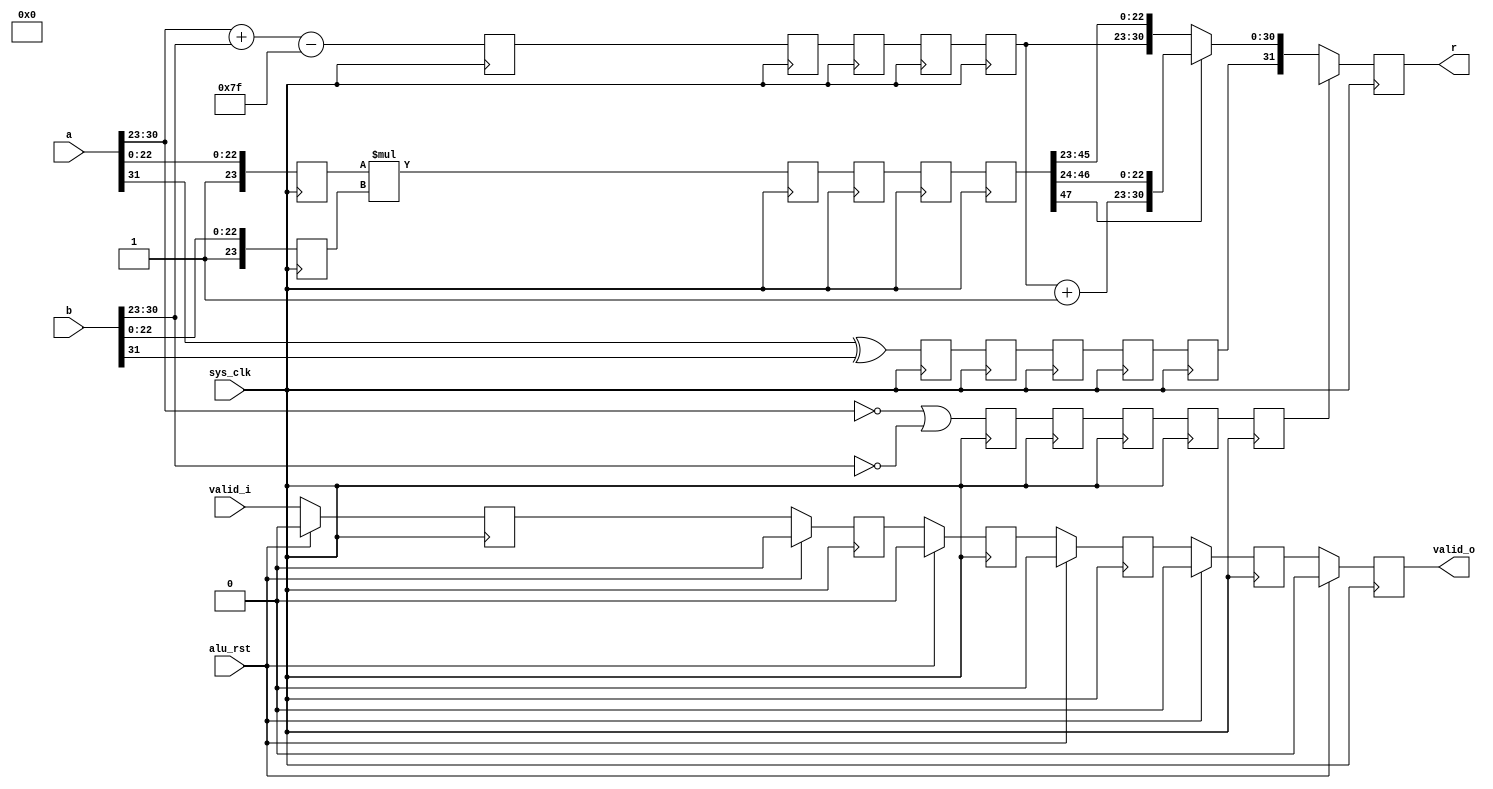
/*
 * Milkymist SoC
 * Copyright (C) 2007, 2008, 2009, 2010 Sebastien Bourdeauducq
 *
 * This program is free software: you can redistribute it and/or modify
 * it under the terms of the GNU General Public License as published by
 * the Free Software Foundation, version 3 of the License.
 *
 * This program is distributed in the hope that it will be useful,
 * but WITHOUT ANY WARRANTY; without even the implied warranty of
 * MERCHANTABILITY or FITNESS FOR A PARTICULAR PURPOSE.  See the
 * GNU General Public License for more details.
 *
 * You should have received a copy of the GNU General Public License
 * along with this program.  If not, see <http://www.gnu.org/licenses/>.
 */

module pfpu_fmul(
	input sys_clk,
	input alu_rst,
	
	input [31:0] a,
	input [31:0] b,
	input valid_i,
	
	output reg [31:0] r,
	output reg valid_o
);

wire		a_sign = a[31];
wire [7:0]	a_expn = a[30:23];
wire [23:0]	a_mant = {1'b1, a[22:0]};

wire		b_sign = b[31];
wire [7:0]	b_expn = b[30:23];
wire [23:0]	b_mant = {1'b1, b[22:0]};

reg		r_zero;
reg		r_sign;
reg [7:0]	r_expn;
reg [23:0]	r_a_mant;
reg [23:0]	r_b_mant;

reg r_valid;

/* Stage 1 */
always @(posedge sys_clk) begin
	if(alu_rst)
		r_valid <= 1'b0;
	else
		r_valid <= valid_i;
	r_zero <= (a_expn == 8'd0)|(b_expn == 8'd0);
	r_sign <= a_sign ^ b_sign;
	r_expn <= a_expn + b_expn - 8'd127;
	r_a_mant <= a_mant;
	r_b_mant <= b_mant;
end

/* Stage 2 */
reg		r1_zero;
reg		r1_sign;
reg [7:0]	r1_expn;
reg [47:0]	r1_mant;

reg r1_valid;

always @(posedge sys_clk) begin
	if(alu_rst)
		r1_valid <= 1'b0;
	else
		r1_valid <= r_valid;
	r1_zero <= r_zero;
	r1_sign <= r_sign;
	r1_expn <= r_expn;
	r1_mant <= r_a_mant*r_b_mant;
end

/* Stage 3 */
reg		r2_zero;
reg		r2_sign;
reg [7:0]	r2_expn;
reg [47:0]	r2_mant;

reg r2_valid;

always @(posedge sys_clk) begin
	if(alu_rst)
		r2_valid <= 1'b0;
	else
		r2_valid <= r1_valid;
	r2_zero <= r1_zero;
	r2_sign <= r1_sign;
	r2_expn <= r1_expn;
	r2_mant <= r1_mant;
end

/* Stage 4 */
reg		r3_zero;
reg		r3_sign;
reg [7:0]	r3_expn;
reg [47:0]	r3_mant;

reg r3_valid;

always @(posedge sys_clk) begin
	if(alu_rst)
		r3_valid <= 1'b0;
	else
		r3_valid <= r2_valid;
	r3_zero <= r2_zero;
	r3_sign <= r2_sign;
	r3_expn <= r2_expn;
	r3_mant <= r2_mant;
end

/* Stage 5 */
reg		r4_zero;
reg		r4_sign;
reg [7:0]	r4_expn;
reg [47:0]	r4_mant;

reg r4_valid;

always @(posedge sys_clk) begin
	if(alu_rst)
		r4_valid <= 1'b0;
	else
		r4_valid <= r3_valid;
	r4_zero <= r3_zero;
	r4_sign <= r3_sign;
	r4_expn <= r3_expn;
	r4_mant <= r3_mant;
end

/* Stage 6 */
always @(posedge sys_clk) begin
	if(alu_rst)
		valid_o <= 1'b0;
	else
		valid_o <= r4_valid;
	if(r4_zero)
		r <= {1'bx, 8'd0, 23'bx};
	else begin
		if(~r4_mant[47])
			r <= {r4_sign, r4_expn,      r4_mant[45:23]};
		else
			r <= {r4_sign, r4_expn+8'd1, r4_mant[46:24]};
	end
end

endmodule